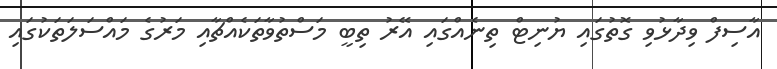
އާސިފް ވިދާޅުވި ގޮތުގައި ޔުނިޓް ތިނެއްގައި އޭރު ތިބީ މަސްތުވާތަކެއްޗާއި މަރުގެ މައްސަލަތަކުގައި